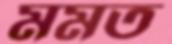
মমত